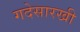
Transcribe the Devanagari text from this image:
गदेसारखी